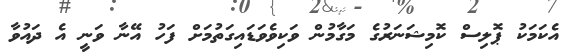
އެކަމަކު ޕޮލިސް ކޮމިޝަނަރުގެ މަގާމުން ވަކިވެވަޑައިގަތުމަށް ފަހު އޭނާ ވަނީ އެ ދައުވާ